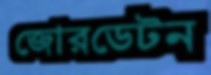
জোরডেটন